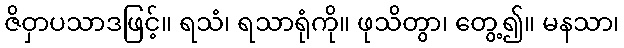
ဇိဝှာပသာဒဖြင့်။ ရသံ၊ ရသာရုံကို။ ဖုသိတွာ၊ တွေ့၍။ မနသာ၊